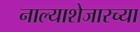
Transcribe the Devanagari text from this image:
नाल्याशेजारच्या